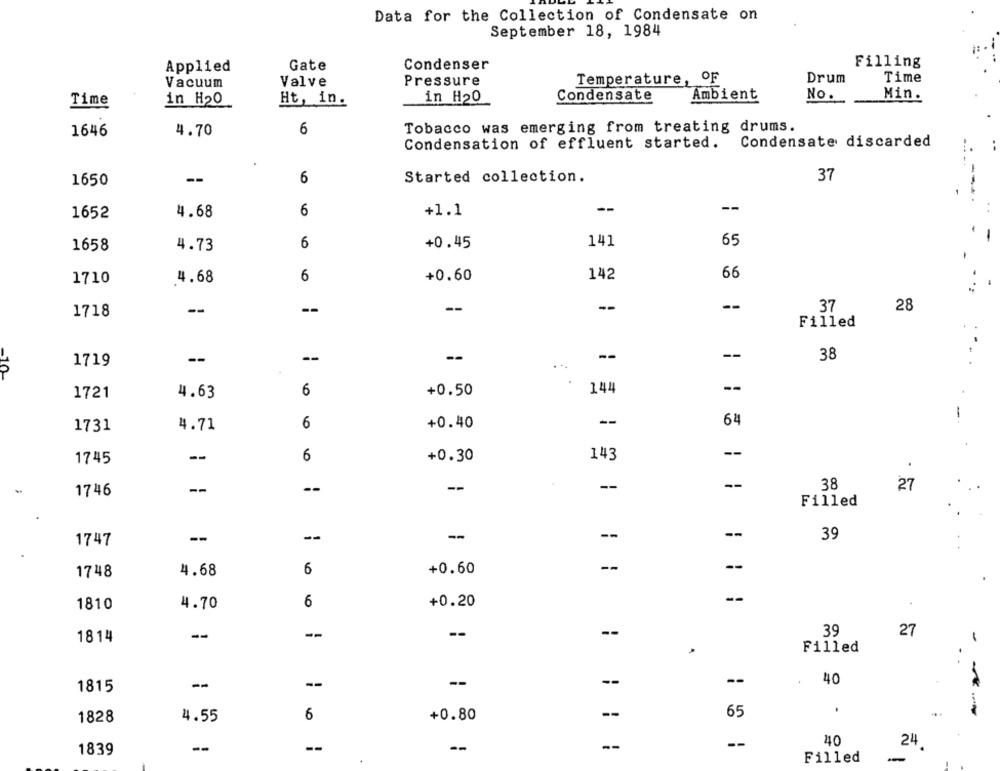
Data for the Collection of Condensate on
September 18, 1984
Applied
Gate
Condenser
Filling
Vacuum
Valve
Pressure
Temperature, OF
Drum
Time
Time
in H20
Ht, in.
in H20
Condensate
Ambient
No.
Min.
1646
4.70
6
Tobacco was emerging from treating drums.
Condensation of effluent started.
Condensate discarded
37
1650
--
6
Started collection.
--
1652
4.68
6
+1.1
1658
4.73
6
+0.45
141
65
6
+0.60
142
66
1710
4.68
--
--
--
28
1718
--
.37
Filled
-
1719
--
--
--
--
38
-10
4.63
6
+0.50
144
1721
6
+0.40
--
64
1731
4.71
--
1745
--
6
+0.30
143
--
--
38
27
1746
--
--
Filled
--
--
-
--
39
1747
6
+0.60
--
--
1748
4.68
--
1810
4.70
6
+0.20
--
39
27
1814
--
--
--
-
Filled
--
--
--
-
--
40
1815
4.55
6
+0.80
--
65
--
1828
40
24
--
--
--
--
1839
Filled